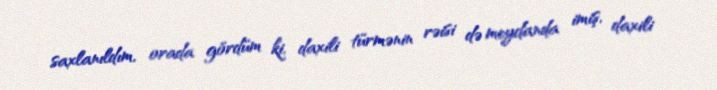
saxlanıldım, orada gördüm ki, daxili türmənin rəisi də meydanda imiş, daxili